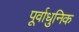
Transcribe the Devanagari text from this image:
पूर्वाधुनिक